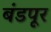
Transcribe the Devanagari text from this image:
बंडपूर